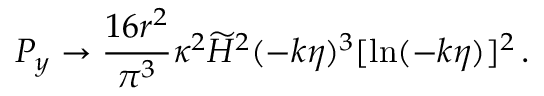
{ \cal P } _ { y } \to { \frac { 1 6 r ^ { 2 } } { \pi ^ { 3 } } } \kappa ^ { 2 } \widetilde { H } ^ { 2 } ( - k \eta ) ^ { 3 } [ \ln ( - k \eta ) ] ^ { 2 } \, .